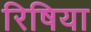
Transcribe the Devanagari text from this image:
रिषिया